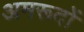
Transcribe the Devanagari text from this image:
अमरूदों